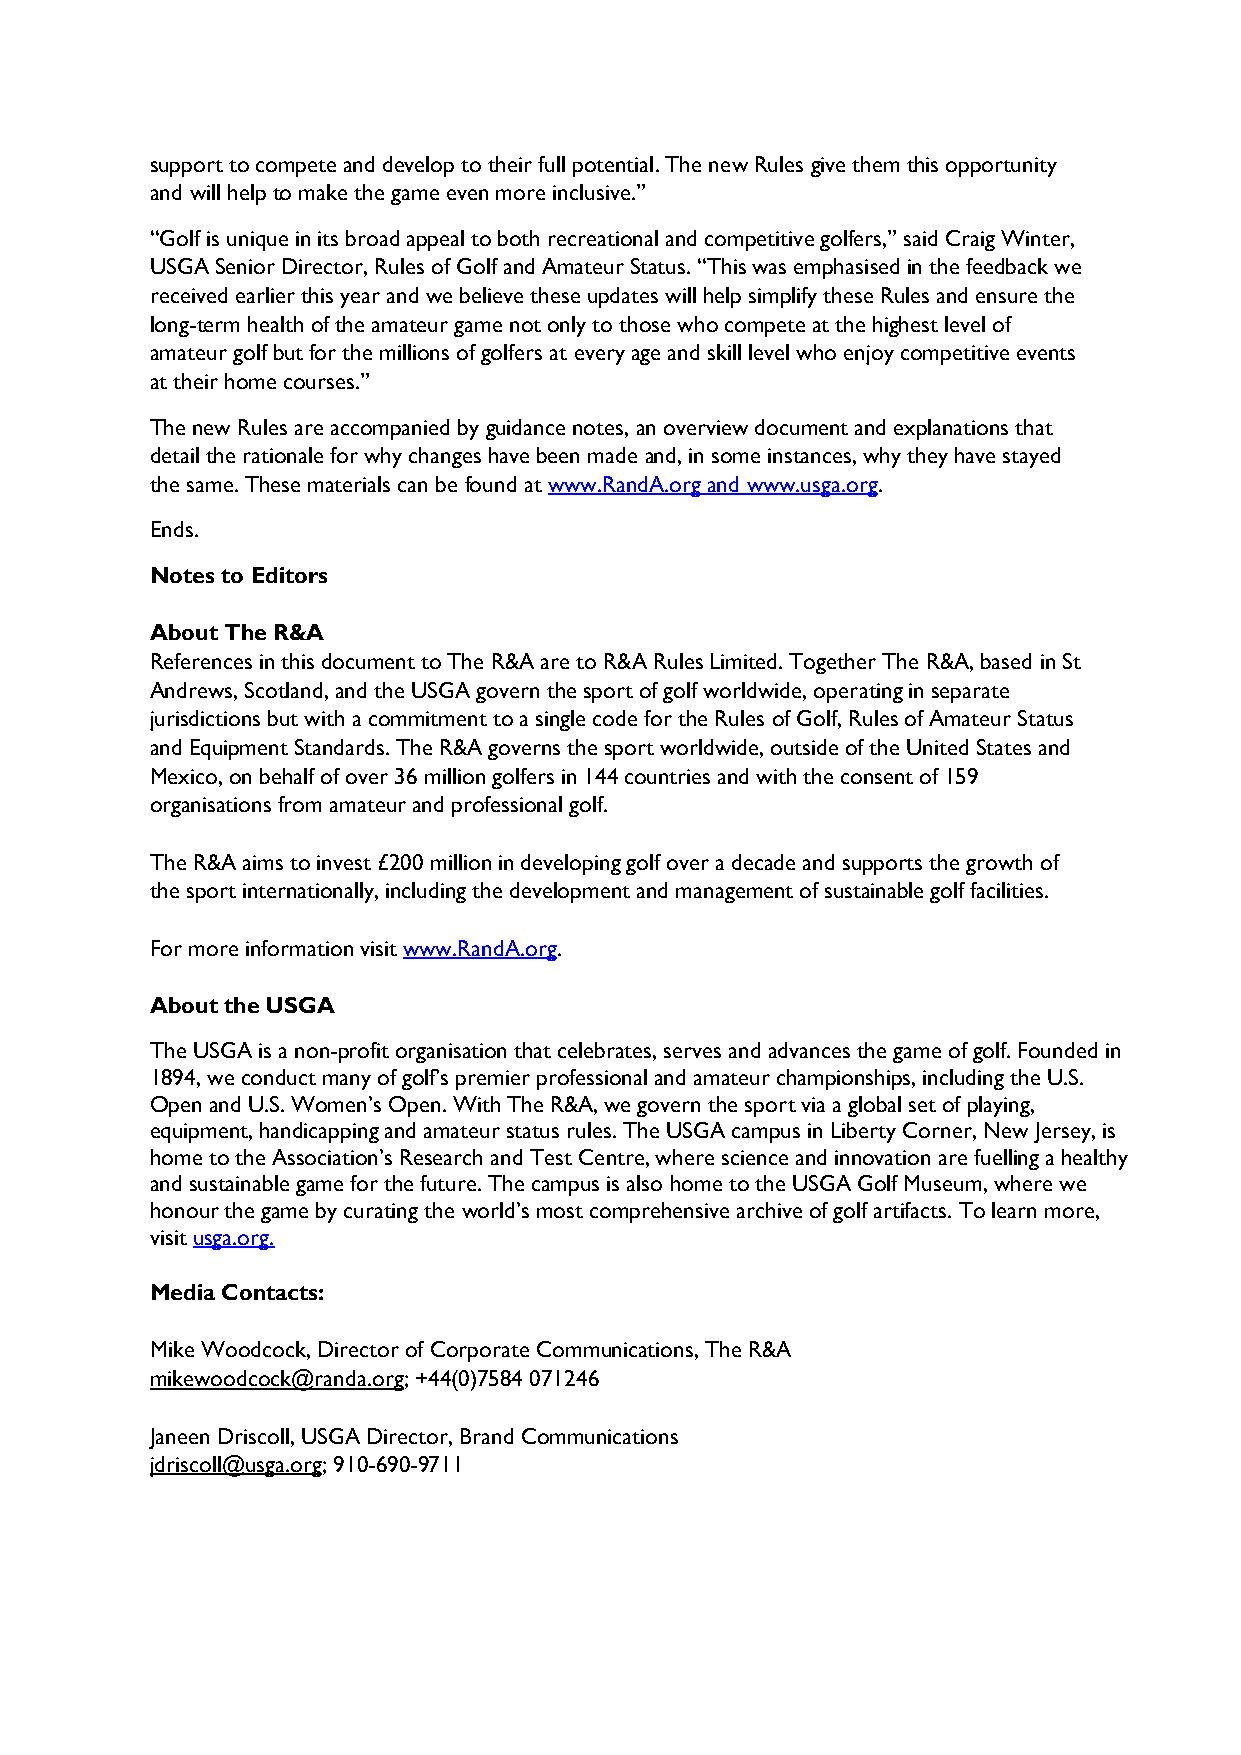
support to compete and develop to their full potential. The new Rules give them this opportunity
 and will help to make the game even more inclusive.”
 “Golf is unique in its broad appeal to both recreational and competitive golfers,” said Craig Winter,
 USGA Senior Director, Rules of Golf and Amateur Status. “This was emphasised in the feedback we
 received earlier this year and we believe these updates will help simplify these Rules and ensure the
 long-term health of the amateur game not only to those who compete at the highest level of
 amateur golf but for the millions of golfers at every age and skill level who enjoy competitive events
 at their home courses.”
 The new Rules are accompanied by guidance notes, an overview document and explanations that
 detail the rationale for why changes have been made and, in some instances, why they have stayed
 the same. These materials can be found at www.RandA.org and www.usga.org.
 Ends.
 Notes to Editors
 About The R&A
 References in this document to The R&A are to R&A Rules Limited. Together The R&A, based in St
 Andrews, Scotland, and the USGA govern the sport of golf worldwide, operating in separate
 jurisdictions but with a commitment to a single code for the Rules of Golf, Rules of Amateur Status
 and Equipment Standards. The R&A governs the sport worldwide, outside of the United States and
 Mexico, on behalf of over 36 million golfers in 144 countries and with the consent of 159
 organisations from amateur and professional golf.
 The R&A aims to invest £200 million in developing golf over a decade and supports the growth of
 the sport internationally, including the development and management of sustainable golf facilities.
 For more information visit www.RandA.org.
 About the USGA
 The USGA is a non-profit organisation that celebrates, serves and advances the game of golf. Founded in
 1894, we conduct many of golf’s premier professional and amateur championships, including the U.S.
 Open and U.S. Women’s Open. With The R&A, we govern the sport via a global set of playing,
 equipment, handicapping and amateur status rules. The USGA campus in Liberty Corner, New Jersey, is
 home to the Association’s Research and Test Centre, where science and innovation are fuelling a healthy
 and sustainable game for the future. The campus is also home to the USGA Golf Museum, where we
 honour the game by curating the world’s most comprehensive archive of golf artifacts. To learn more,
 visit usga.org.
 Media Contacts:
 Mike Woodcock, Director of Corporate Communications, The R&A
 mikewoodcock@randa.org; +44(0)7584 071246
 Janeen Driscoll, USGA Director, Brand Communications
 jdriscoll@usga.org; 910-690-9711